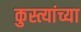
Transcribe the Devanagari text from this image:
कुस्त्यांच्या